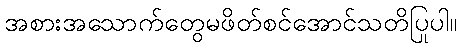
အစားအသောက်တွေမဖိတ်စင်အောင်သတိပြုပါ။